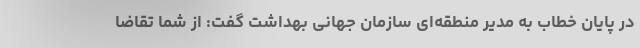
در پایان خطاب به مدیر منطقه‌ای سازمان جهانی بهداشت گفت: از شما تقاضا